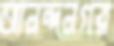
আনন্দনগর